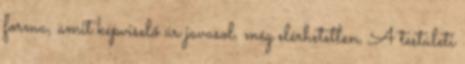
forma, amit képviselő úr javasol, még elérhetetlen. A testületi